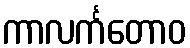
ကာလင်္ကတောဝ